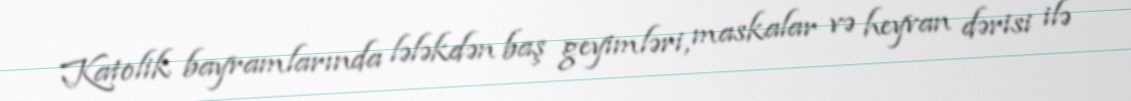
Katolik bayramlarında lələkdən baş geyimləri, maskalar və heyvan dərisi ilə